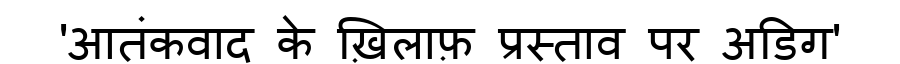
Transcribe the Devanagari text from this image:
'आतंकवाद के ख़िलाफ़ प्रस्ताव पर अडिग'